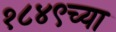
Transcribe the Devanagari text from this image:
१८४९च्या